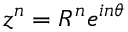
z ^ { n } = R ^ { n } e ^ { i n \theta }